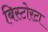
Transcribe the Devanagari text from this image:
बिस्टोरटा